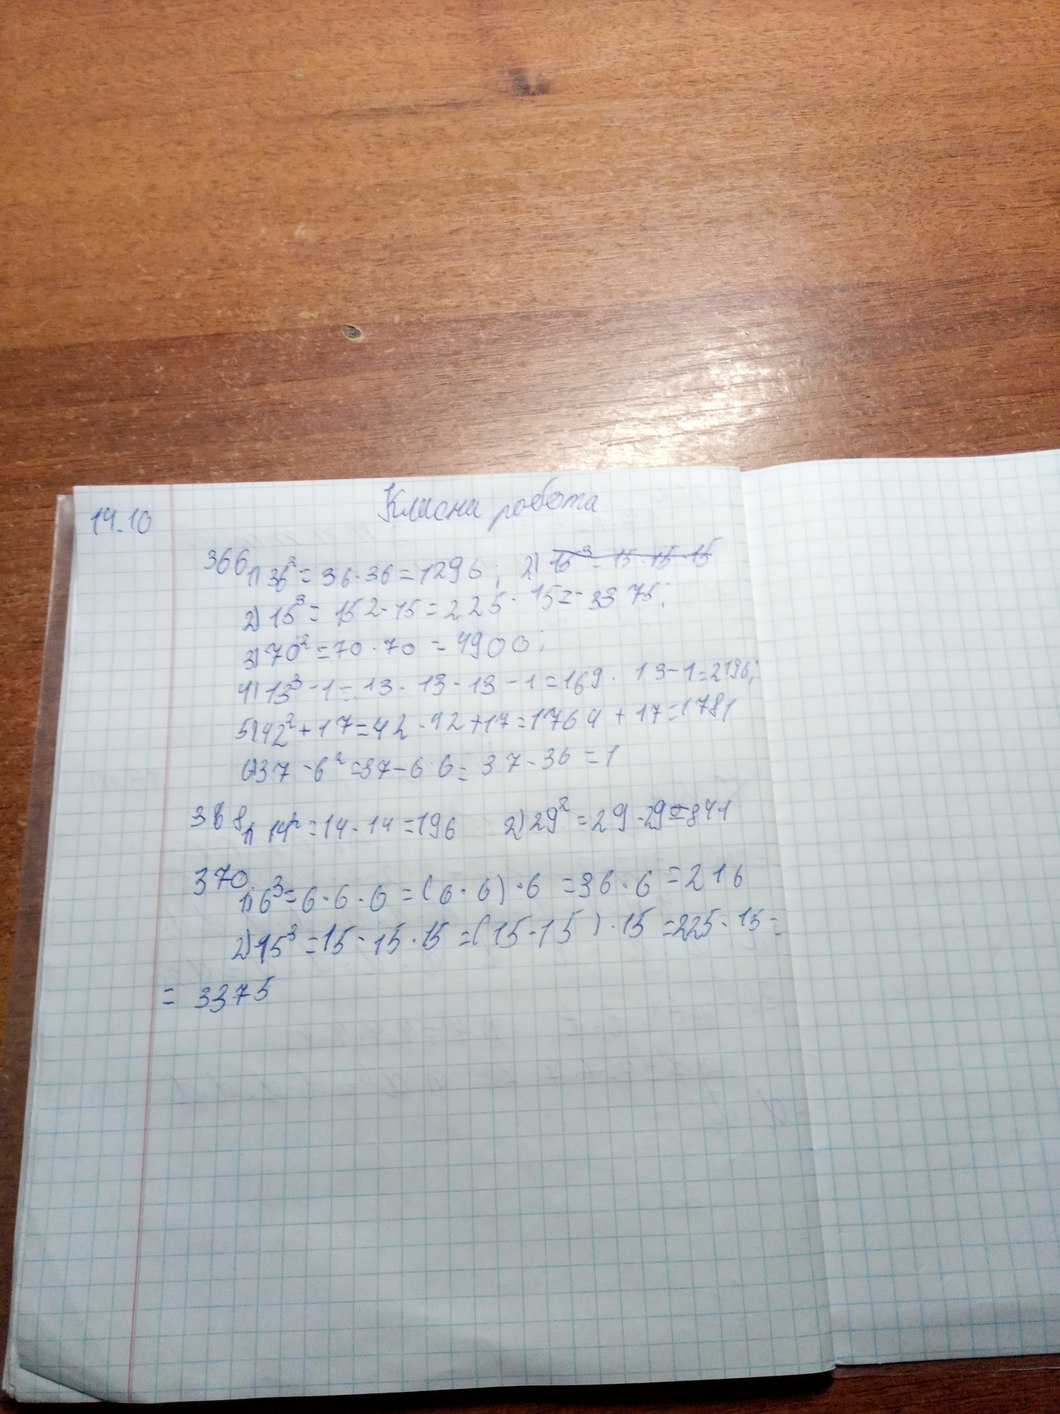
Класна робота
14.10
366 1) 36^2 = 36 * 36 = 1296 ; 2) ~~15^3 = 15 · 15 · 15~~
2) 15^3 = 15^2 * 15 = 225 * 15 = 3375
3) 70^2 = 70 * 70 = 4900 ;
4) 13^3 - 1 = 13 * 13 * 13 - 1 = 169 * 13 - 1 = 2196
5) 42^2 + 17 = 42 * 42 + 17 = 1764 + 17 = 1781
6) 37 - 6^2 = 37 - 6 · 6 = 37 - 36 = 1
2) 29^2 = 29 * 29 = 841
368 1) 14^2 = 14 * 14 = 196
370. 1) 6^3 = 6 * 6 * 6 = (6 * 6) * 6 = 36 * 6 = 216
2) 15^3 = 15 * 15 * 15 = (15 * 15) * 15 = 225 * 15 *
= 3375